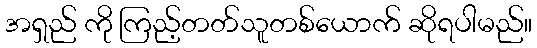
အရှည် ကို ကြည့်တတ်သူတစ်ယောက် ဆိုရပါမည်။